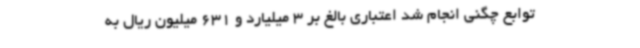
توابع چگنی انجام شد اعتباری بالغ بر 3 میلیارد و 631 میلیون ریال به